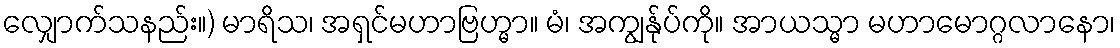
လျှောက်သနည်း။) မာရိသ၊ အရှင်မဟာဗြဟ္မာ။ မံ၊ အကျွန်ုပ်ကို။ အာယသ္မာ မဟာမောဂ္ဂလာနော၊